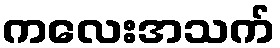
ကလေးအသက်